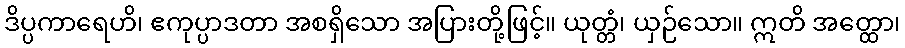
ဒိပ္ပကာရေဟိ၊ ဧကုပ္ပာဒတာ အစရှိသော အပြားတို့ဖြင့်။ ယုတ္တံ၊ ယှဉ်သော။ ဣတိ အတ္ထော၊